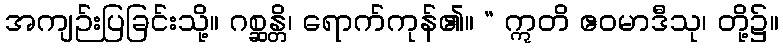
အကျဉ်းပြခြင်းသို့။ ဂစ္ဆန္တိ၊ ရောက်ကုန်၏။ “ ဣတိ ဧဝမာဒီသု၊ တို့၌။